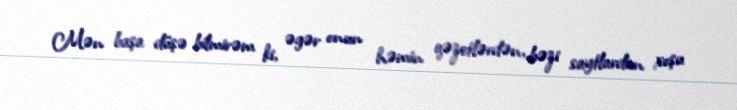
Mən başa düşə bilmirəm ki, əgər onun həmin qəzetlərdən, bəzi saytlardan xoşu